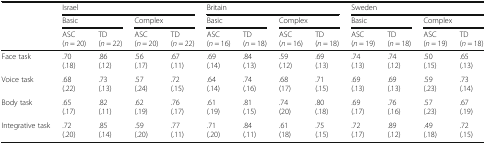
| <ROWSPAN=3>  | <COLSPAN=4> Israel | <COLSPAN=4> Britain | <COLSPAN=4> Sweden |
 | <COLSPAN=2> Basic | <COLSPAN=2> Complex | <COLSPAN=2> Basic | <COLSPAN=2> Complex | <COLSPAN=2> Basic | <COLSPAN=2> Complex |
 | ASC(n = 20) | TD(n = 22) | ASC(n = 20) | TD(n = 22) | ASC(n = 16) | TD(n = 18) | ASC(n = 16) | TD(n = 18) | ASC(n = 19) | TD(n = 18) | ASC(n = 19) | TD(n = 18) |
 | --- | --- | --- | --- | --- | --- | --- | --- | --- | --- | --- | --- | --- |
 | Face task | .70(.18) | .86(.12) | .56(.17) | .67(.11) | .69(.14) | .84(.13) | .59(.12) | .69(.13) | .74(.13) | .74(.12) | .50(.15) | .65(.13) |
 | Voice task | .68(.22) | .73(.13) | .57(.24) | .72(.15) | .64(.14) | .74(.16) | .68(17) | .71(.15) | .69(.13) | .69(.13) | .59(.23) | .73(.14) |
 | Body task | .65(.17) | .82(.11) | .62(.19) | .76(.17) | .61(.19) | .81(.15) | .74(20) | .80(.18) | .69(.17) | .76(.16) | .57(.23) | .67(.19) |
 | Integrative task | .72(.20) | .85(.14) | .59(.20) | .77(.11) | .71(.20) | .84(.11) | .61(18) | .75(.15) | .72(.17) | .89(.12) | .49(.18) | .72(.15) |